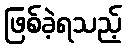
ဖြစ်ခဲ့ရသည့်